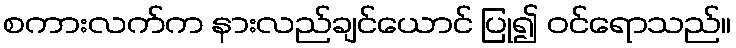
စကားလက်က နားလည်ချင်ယောင် ပြု၍ ဝင်ရောသည်။